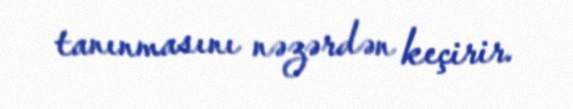
tanınmasını nəzərdən keçirir.